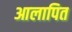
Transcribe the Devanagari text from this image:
आलापित